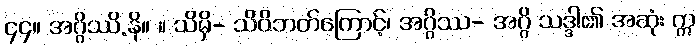
၄၄။ အဂ္ဂိဿိ.နိ။ ။ သိမှိ- သိဝိဘတ်ကြောင့်၊ အဂ္ဂိဿ- အဂ္ဂိ သဒ္ဒါ၏ အဆုံး ဣ